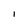
Character: l